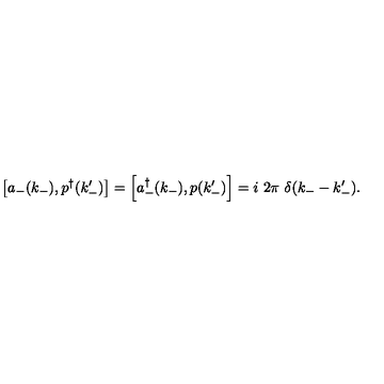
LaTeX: \left[ a _ { - } ( k _ { - } ) , p ^ { \dagger } ( k _ { - } ^ { \prime } ) \right] = \left[ a _ { - } ^ { \dag } ( k _ { - } ) , p ( k _ { - } ^ { \prime } ) \right] = i \ 2 \pi \ \delta ( k _ { - } - k _ { - } ^ { \prime } ) .